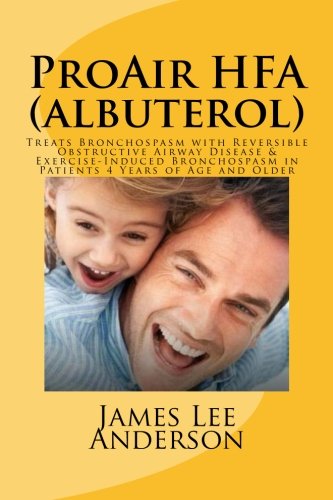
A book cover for ProAir HFA (Albuterol): Treats Bronchospasm with Reversible Obstructive Airway Disease & Exercise-Induced Bronchospasm in Patients 4 Years of Age and Older; James Lee Anderson; Health, Fitness & Dieting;